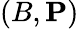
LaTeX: (B,{\mathbf P})